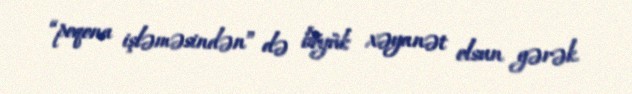
“poqona işləməsindən” də böyük xəyanət olsun gərək.